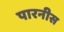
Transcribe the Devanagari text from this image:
पारनीस